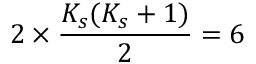
2 \times \frac { K _ { s } ( K _ { s } + 1 ) } { 2 } = 6